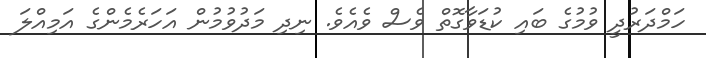
ހަމްދަރުދީ ވުމުގެ ބައި ކުޑަވާގޮތް ވެސް ވެއެވެ. ނިދި މަދުވުމުން އަހަރެމެންގެ އަމިއްލަ